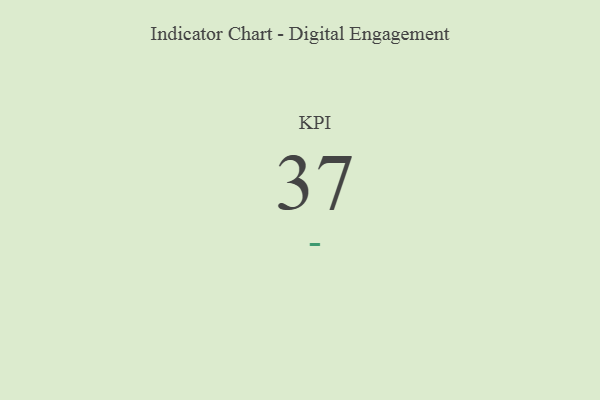
{"axis": {"x": "KPI", "y": "Value"}, "legend": [""], "data": [{"x": "KPI", "y": 37, "type": ""}]}